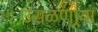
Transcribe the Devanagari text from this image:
उसळणार्‍या